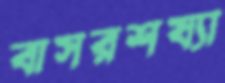
বাসরশয্যা